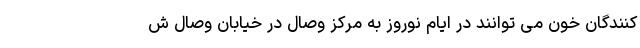
کنندگان خون می توانند در ایام نوروز به مرکز وصال در خیابان وصال ش